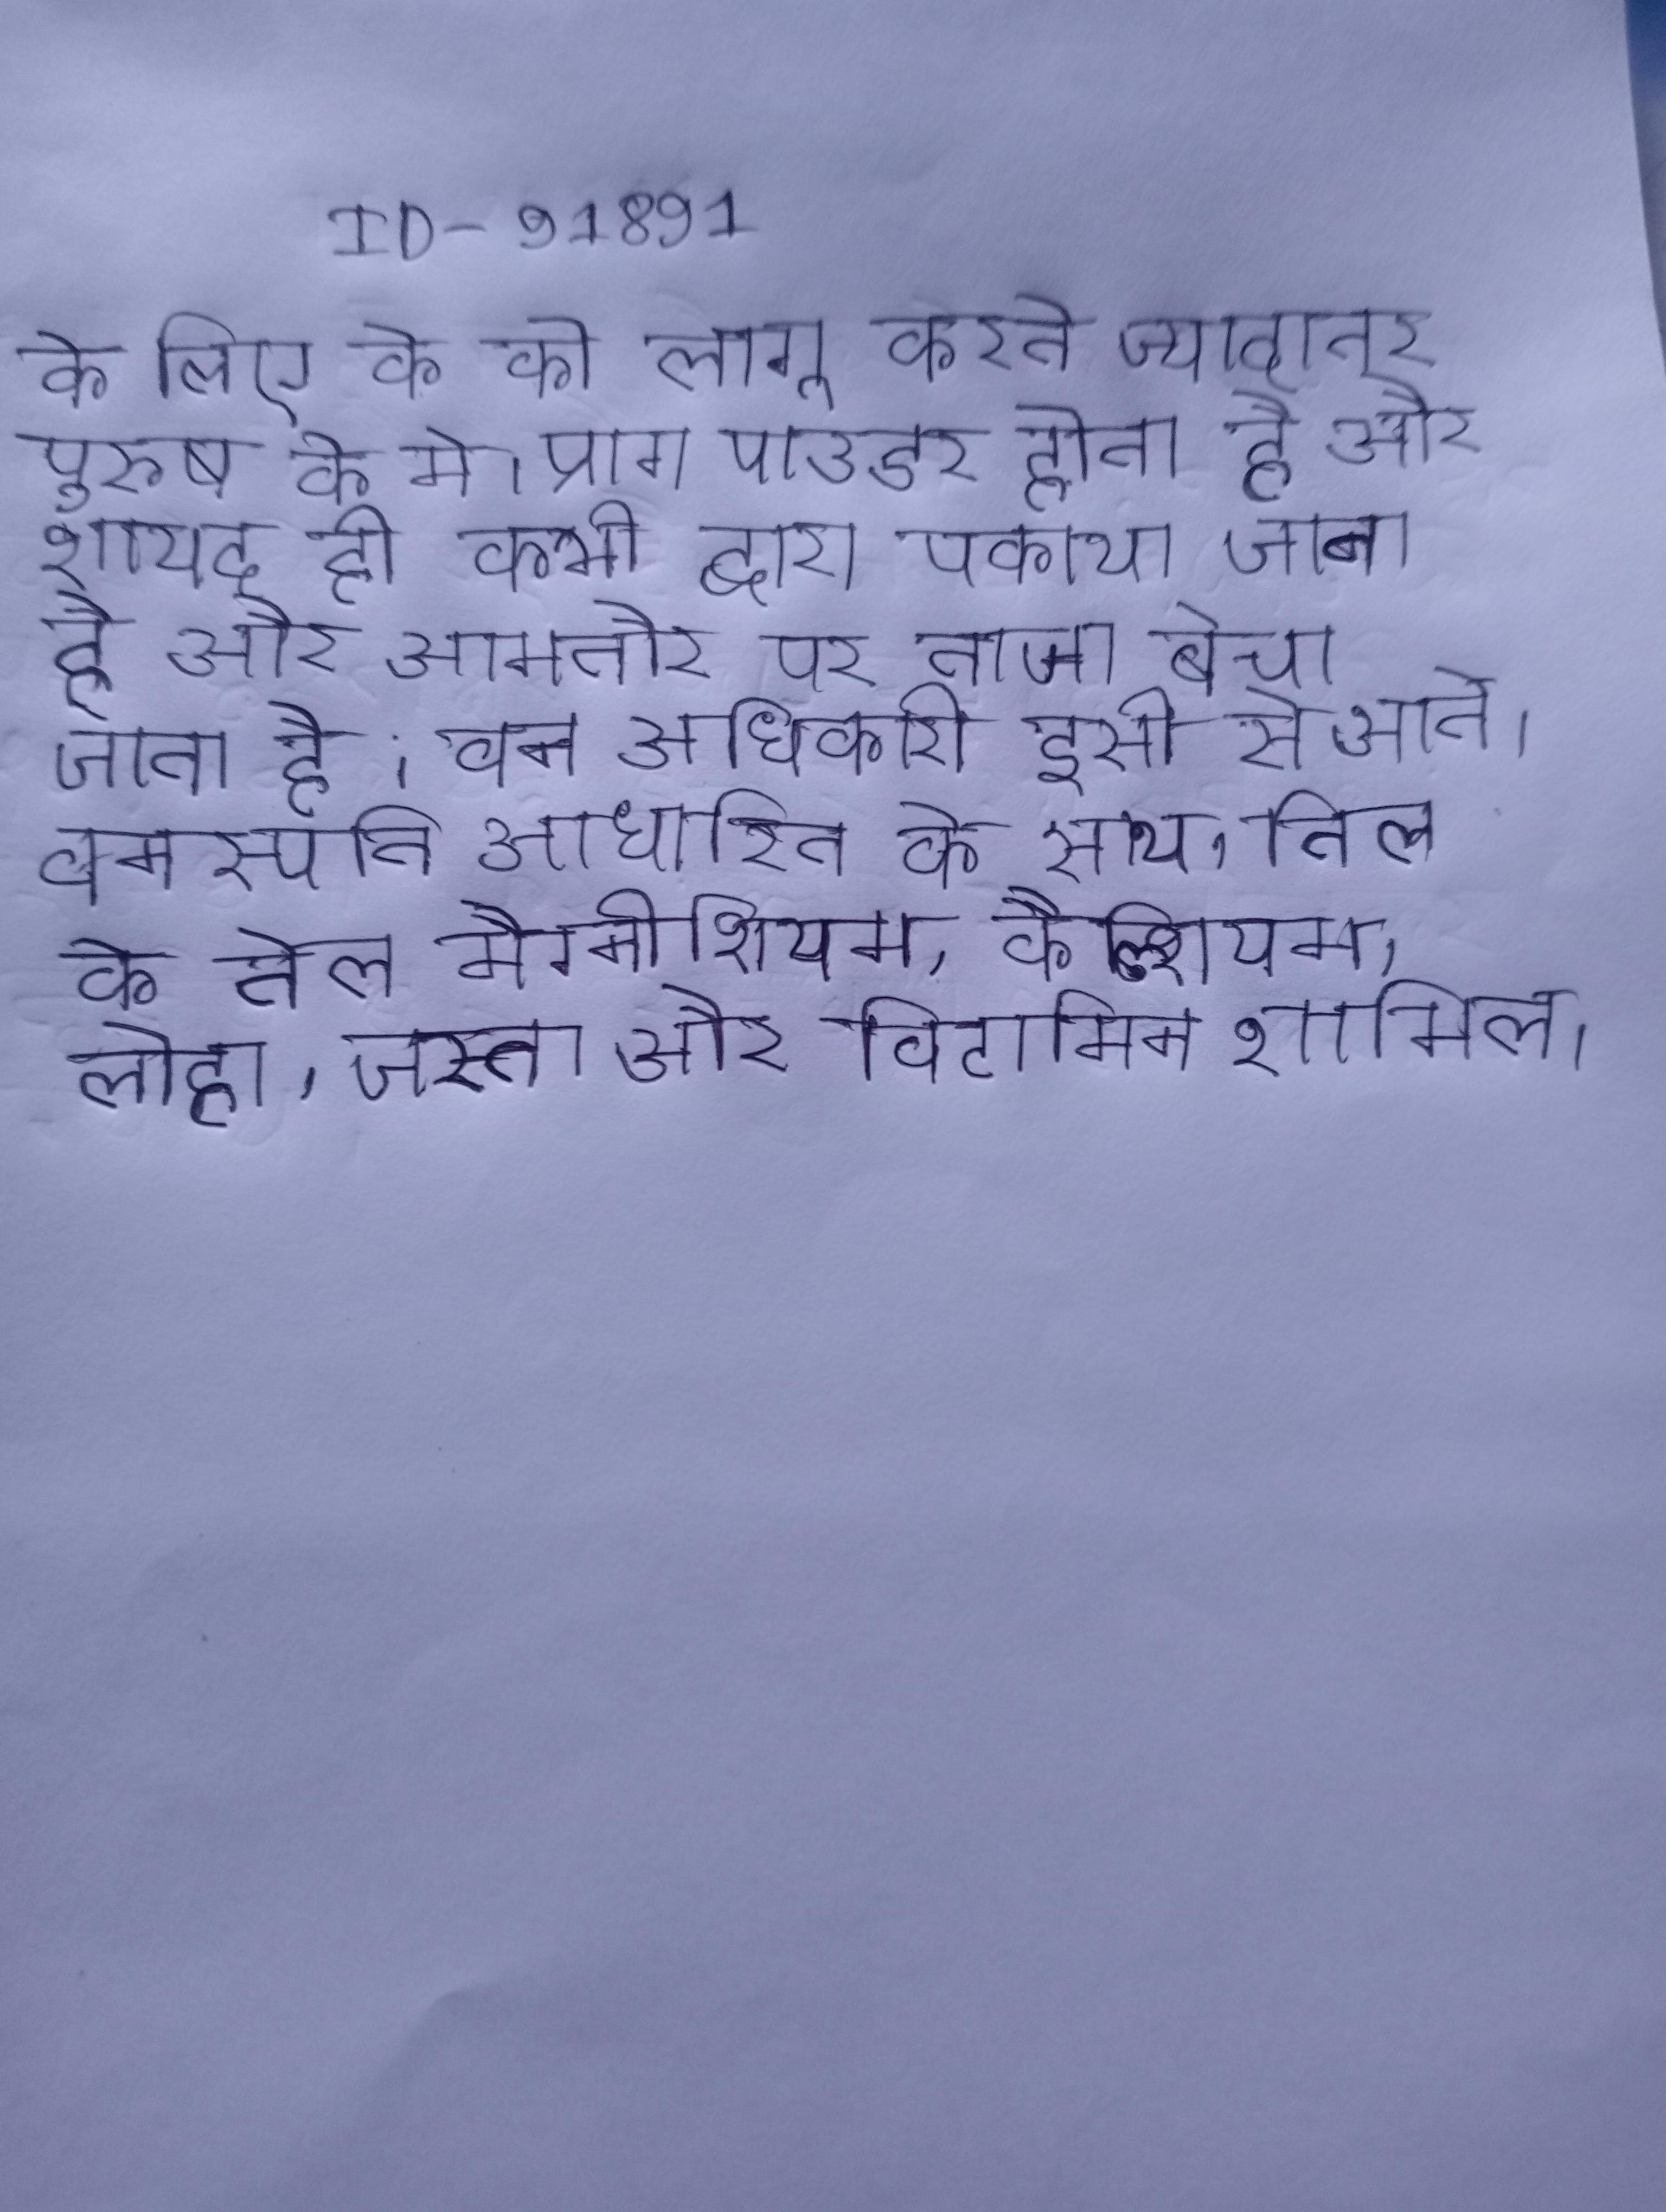
के लिए के को लागू करते ज्यादातर पुरुष के मे । प्राग पाउडर होता है और शायद ही कभी द्वारा पकाया जाता है और आमतौर पर ताजा बेचा जाता है । वन अधिकारी इसी से आते । वनस्पति आधारित के साथ, तिल के तेल मैग्नीशियम, कैल्शियम, लोहा, जस्ता और विटामिन शामिल ।